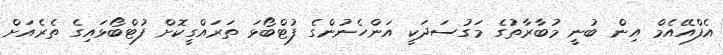
އެފްއޭއެމް އިން ބުނީ މުބާރާތުގެ މަގުސަދަކީ އަންހެނުންގެ ފުޓްބޯޅަ ތަރައްގީކޮށް ފުޓްބޯޅައިގެ ތެރެއަށް